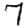
Digit: 7